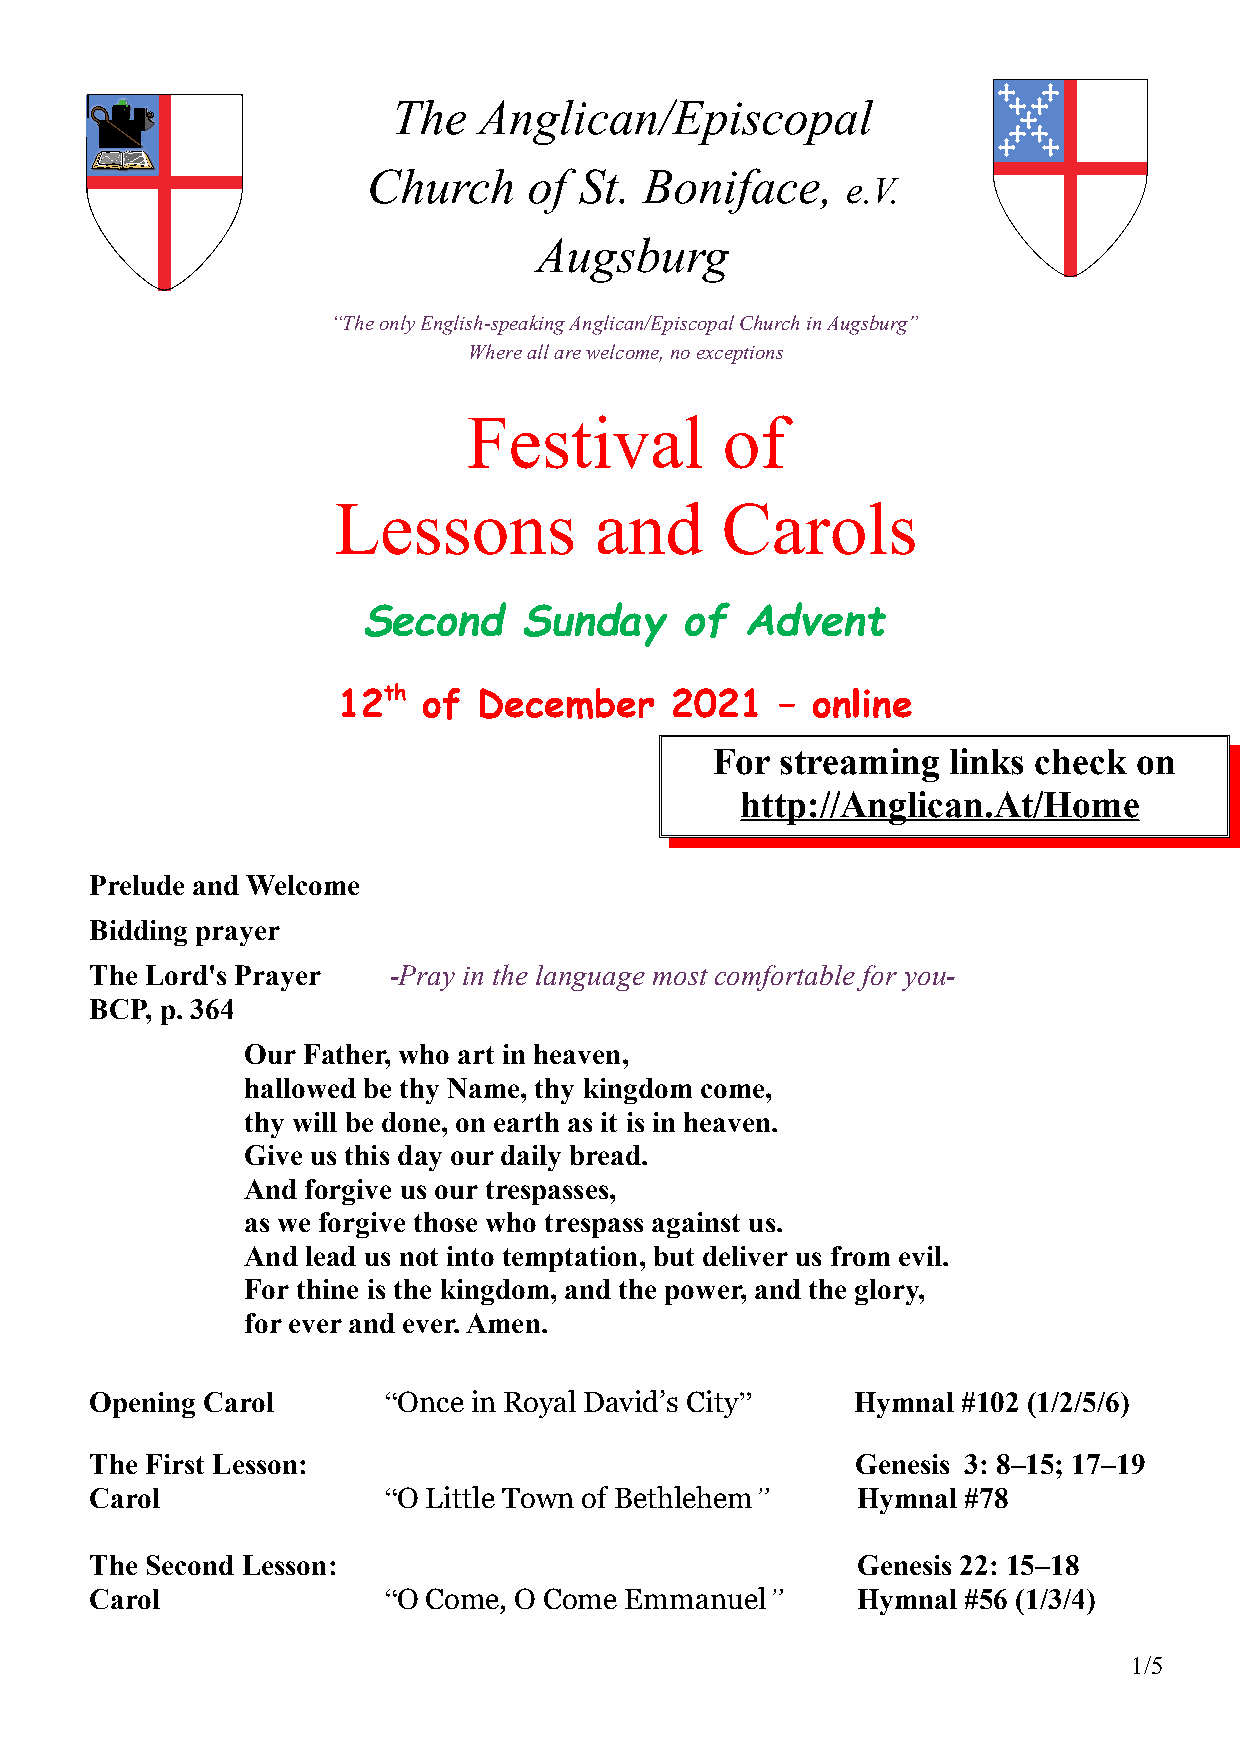
The   Anglican/Episcopal
 Church     of St.  Boniface,
 e.V.
 Augsburg
 “The only English-speaking Anglican/Episcopal Church in Augsburg”
 Where all are welcome, no exceptions
 Festival         of
 Lessons          and      Carols
 Second     Sunday    of  Advent
 12th  of  December     2021   – online
 For  streaming  links check on
 http://Anglican.At/Home
 Prelude and Welcome
 Bidding prayer
 The Lord's Prayer   -Pray in the language most comfortable for you-
 BCP, p. 364
 Our Father, who art in heaven,
 hallowed be thy Name, thy kingdom come,
 thy will be done, on earth as it is in heaven.
 Give us this day our daily bread.
 And forgive us our trespasses,
 as we forgive those who trespass against us.
 And lead us not into temptation, but deliver us from evil.
 For thine is the kingdom, and the power, and the glory,
 for ever and ever. Amen.
 Opening Carol      “Once in Royal David’s City”    Hymnal #102 (1/2/5/6)
 The First Lesson:                                  Genesis 3: 8–15; 17–19
 Carol              “O Little Town of Bethlehem”    Hymnal #78
 The Second Lesson:                                 Genesis 22: 15–18
 Carol              “O Come, O Come Emmanuel”       Hymnal #56 (1/3/4)
 1/5